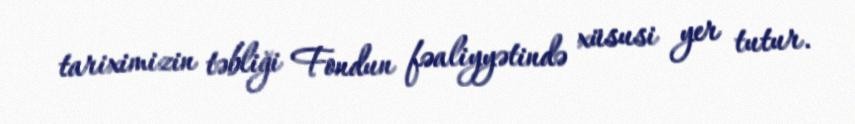
tariximizin təbliği Fondun fəaliyyətində xüsusi yer tutur.